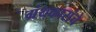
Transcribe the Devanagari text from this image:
ग्रंथकारांचे